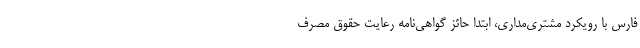
فارس با رویکرد مشتری‌مداری، ابتدا حائز گواهی‌نامه رعایت حقوق مصرف